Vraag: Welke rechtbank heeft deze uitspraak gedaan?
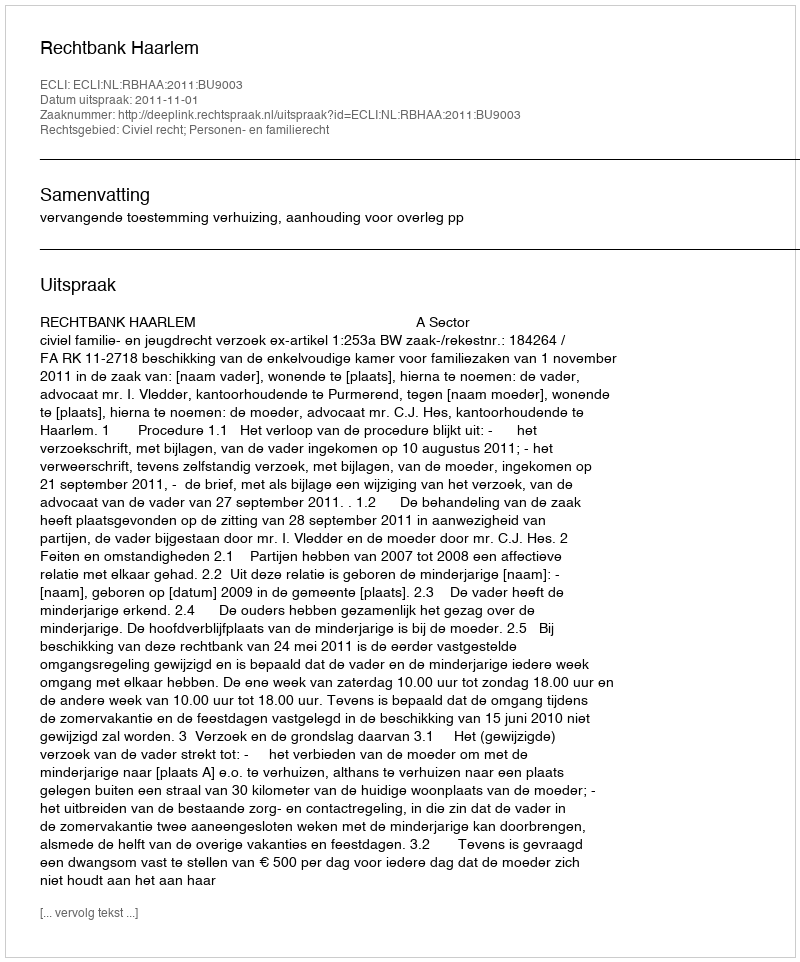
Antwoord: Rechtbank Haarlem